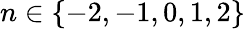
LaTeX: n\in\{ -2,-1,0,1,2\}